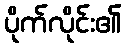
ပိုက်လိုင်း၏